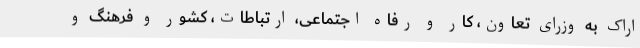
اراک به وزرای تعاون، کار و رفاه اجتماعی، ارتباطات، کشور و فرهنگ و